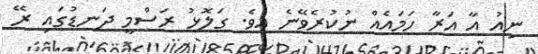
ނިއު އާ އަރާ ހަމައެއް ނުކުރެވޭނެ އެވެ. ގަލޮޅު ރަސްމީ ދަނޑުގައި ރޭ